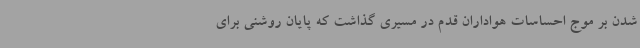
شدن بر موج احساسات هواداران قدم در مسیری گذاشت که پایان روشنی برای